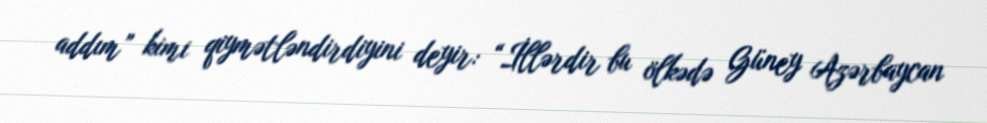
addım” kimi qiymətləndirdiyini deyir: “İllərdir bu ölkədə Güney Azərbaycan